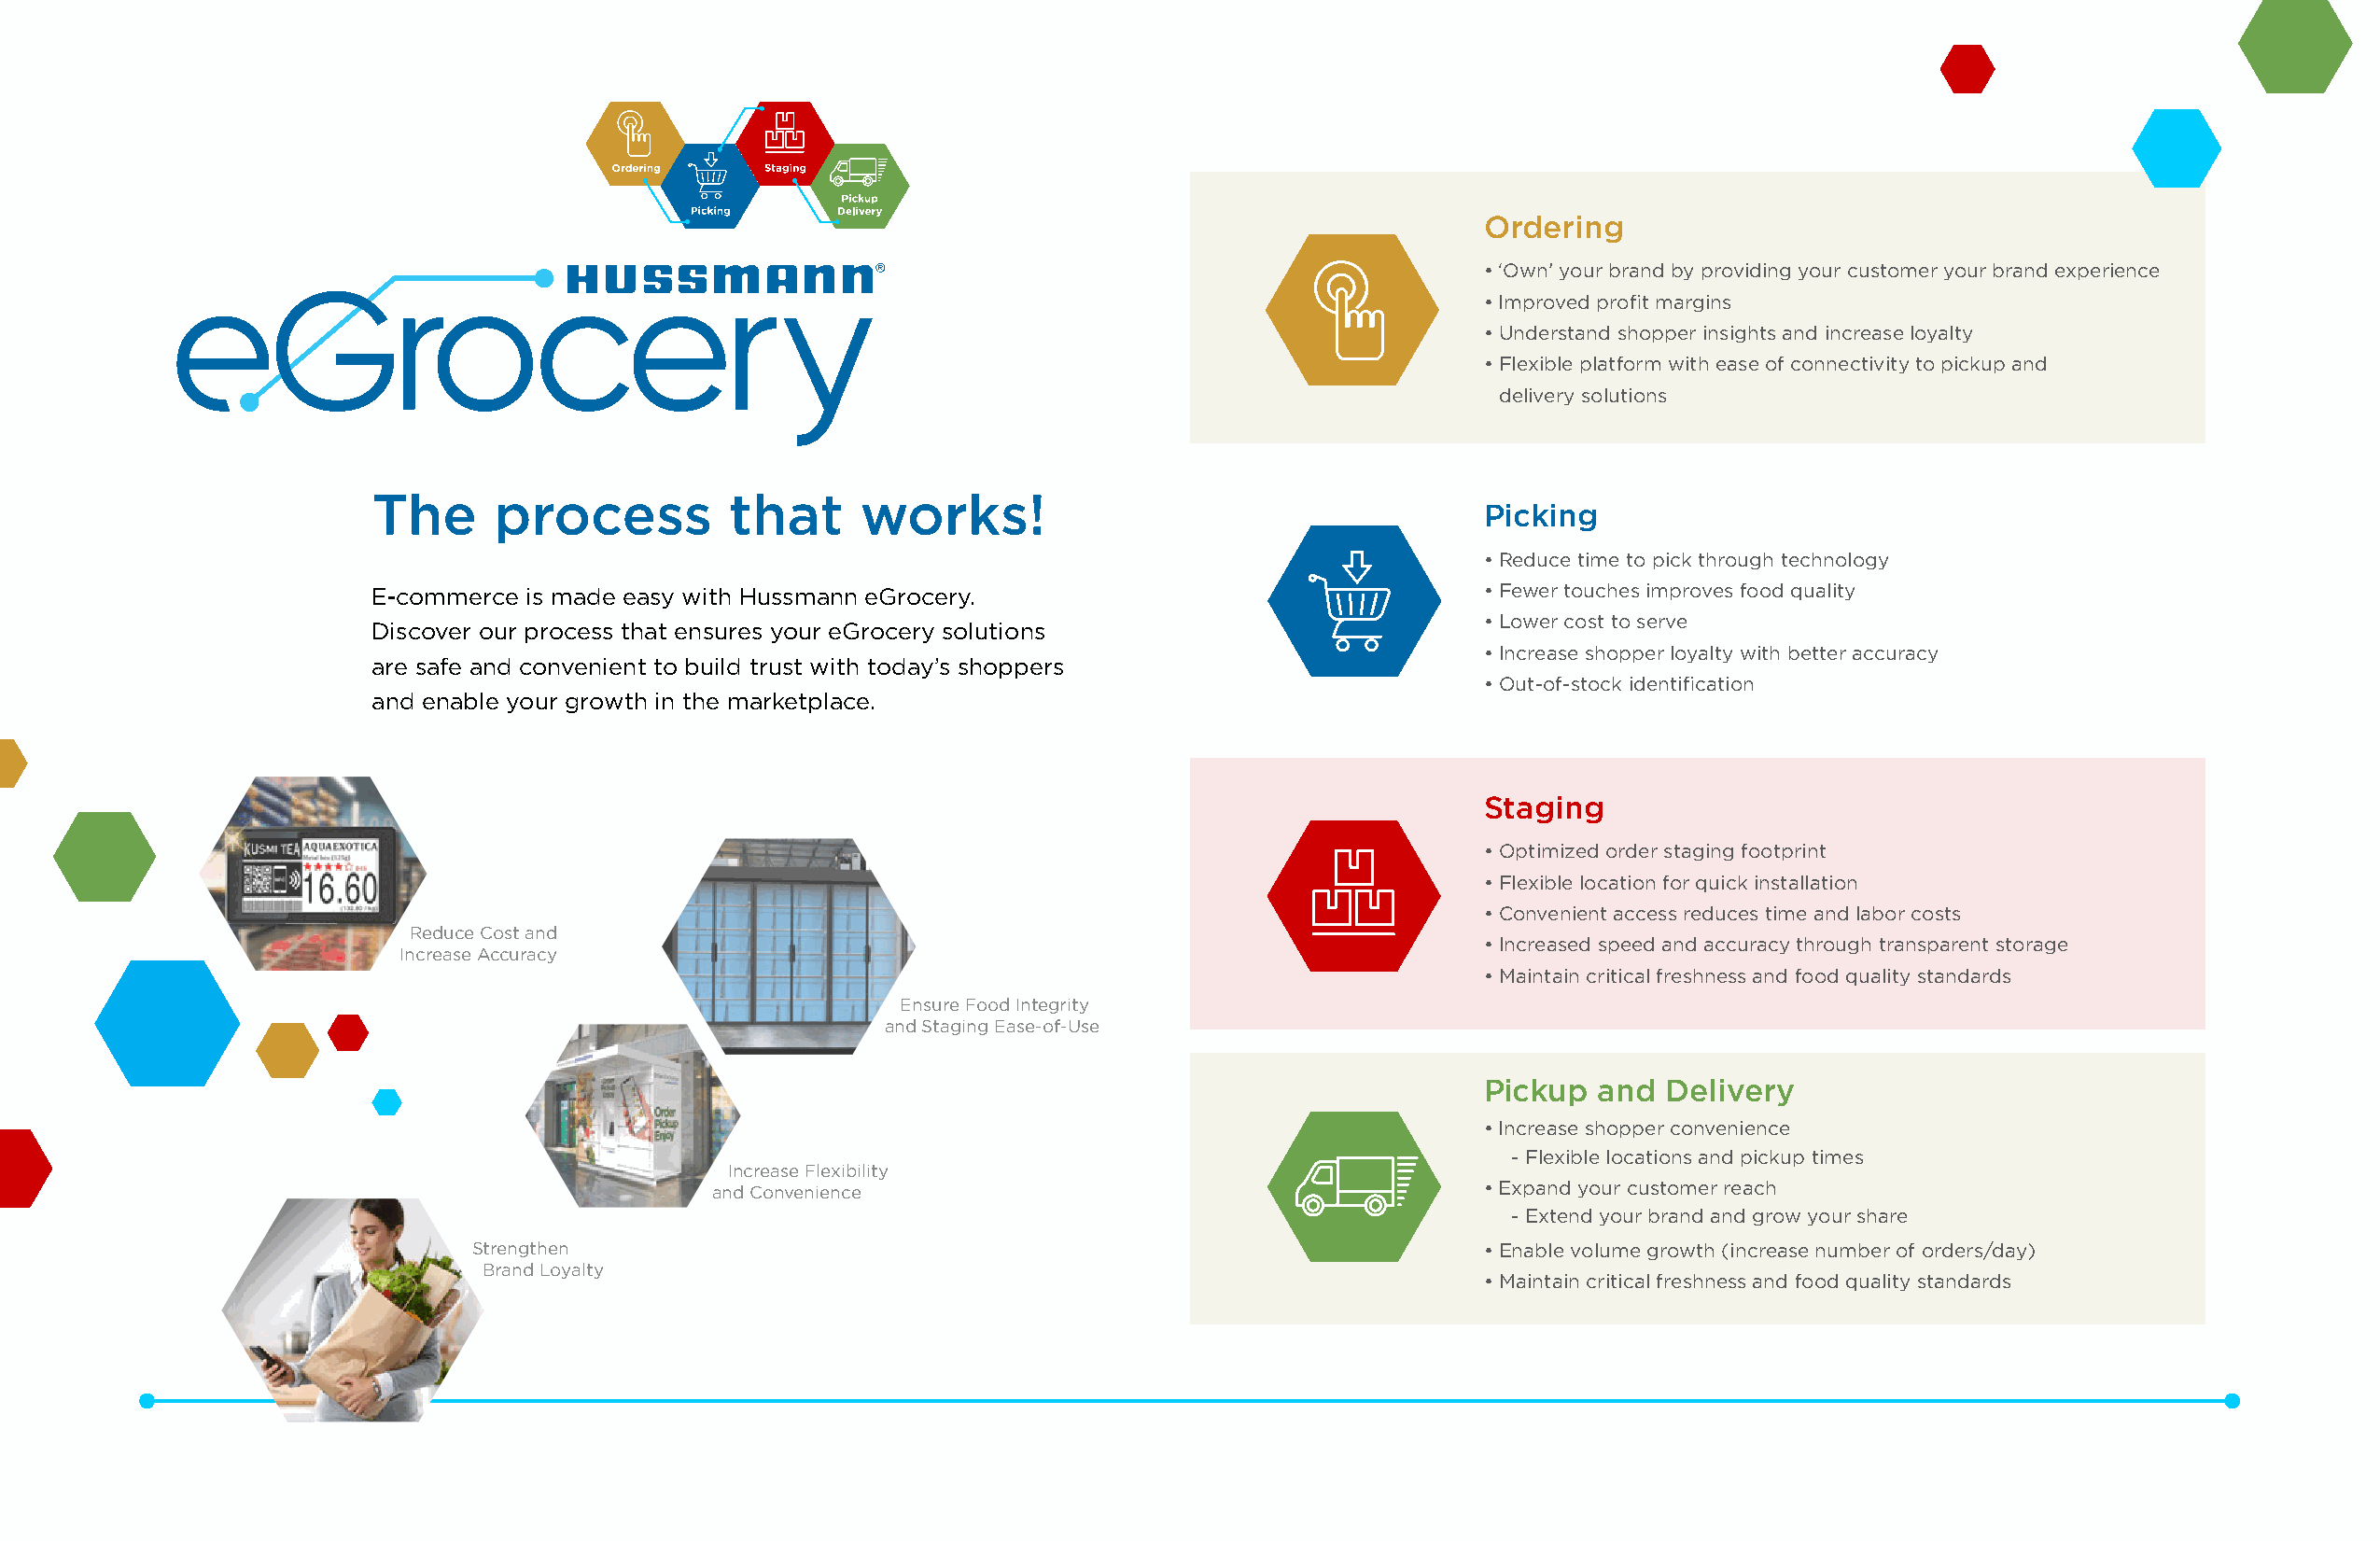
Pickup          Micro
 Ordering        Picking         Staging        Delivery       Fulfillment
 Ordering
 • ‘Own’ your brand by providing your customer your brand experience
 • Improved profit margins
 • Understand shopper insightPsi caknudp increase loyalty Micro
 Ordering         Picking        Staging         Delivery      Fulfillment
 • Flexible platform with ease of connectivity to pickup and
 delivery solutions
 The      process          that     works!
 Picking
 • Reduce time to pick through technology
 E-commerce is made easy with Hussmann eGrocery.                                • Fewer touches improves food quality
 Discover our process that ensures your eGrocery solutions                      • LowePri cckouspt to serve Micro
 Ordering        Picking        Staging     • IncrD eae sli ev e shry opper loyalty wFuitlhfi lblmetetnetr accuracy
 are safe and convenient to build trust with today’s shoppers
 • Out-of-stock identification
 and enable your growth in the marketplace.
 Staging
 • Optimized order staging footprint
 • Flexible location for quick installation
 Pickup     • ConvMenicieront access reduces time and labor costs
 Reduce Cost and  Ordering        Picking         Staging        Delivery       Fulfillment
 • Increased speed and accuracy through transparent storage
 Increase Accuracy
 • Maintain critical freshness and food quality standards
 Ensure Food Integrity
 and Staging Ease-of-Use
 Pickup  and  Delivery
 • Increase shopper convenience
 - Flexible locations and pickup times
 Increase Flexibility
 and Convenience                                       • Expand your customer reach
 - Extend your brand and grow your share
 Strengthen                                                             • Enable volume growth (increase number of orders/day)
 Brand Loyalty
 • Maintain critical freshness and food quality standards